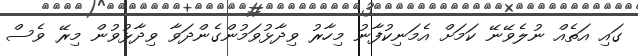
ގައި އަތެއް ނުލެވޭނޭ ކަމަށް އެމަނިކުފާނު މިހާރު ވިދާޅުވަމުންގެންދަވާ ވިދާޅުވުން މިރޭ ވެސް